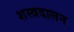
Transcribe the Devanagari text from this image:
शस्त्रदालन